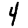
Digit: 4